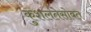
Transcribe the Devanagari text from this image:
कुशलतेसोबत